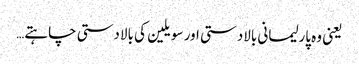
یعنی وہ پارلیمانی بالادستی اور سویلین کی بالادستی چاہتے…